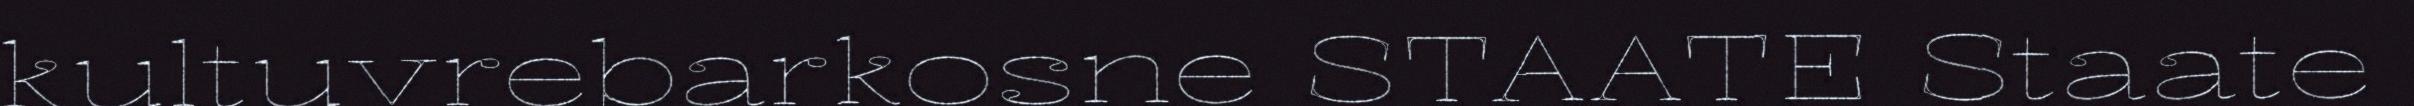
kultuvrebarkosne STAATE Staate